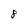
Character: 8